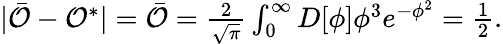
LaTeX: \begin{array}{r}{\vert\bar{\mathcal{O}}-\mathcal{O}^{*}\vert=\bar{\mathcal{O}}=\frac{2}{\sqrt\pi}\int_{0}^{\infty}D[\phi]\phi^{3}e^{-\phi^{2}}=\frac 12.}\end{array}